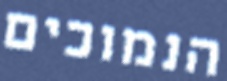
הנמוכים